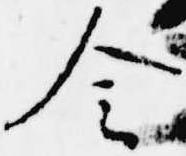
令